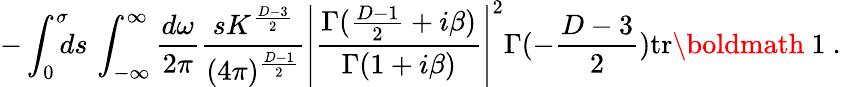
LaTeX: -\int_{0}^{\sigma}\! \! \! ds\, \int_{-\infty}^{\infty}\frac{d\omega}{2\pi}\frac{sK^{\frac{D-3}{2}}}{(4\pi)^{\frac{D-1}{2}}}\left|\frac{\Gamma(\frac{D-1}{2}+i\beta)}{\Gamma(1+i\beta)}\right|^{2}\Gamma(-\frac{D-3}{2})\mathrm{tr}\mathrm{\boldmath~1~}.